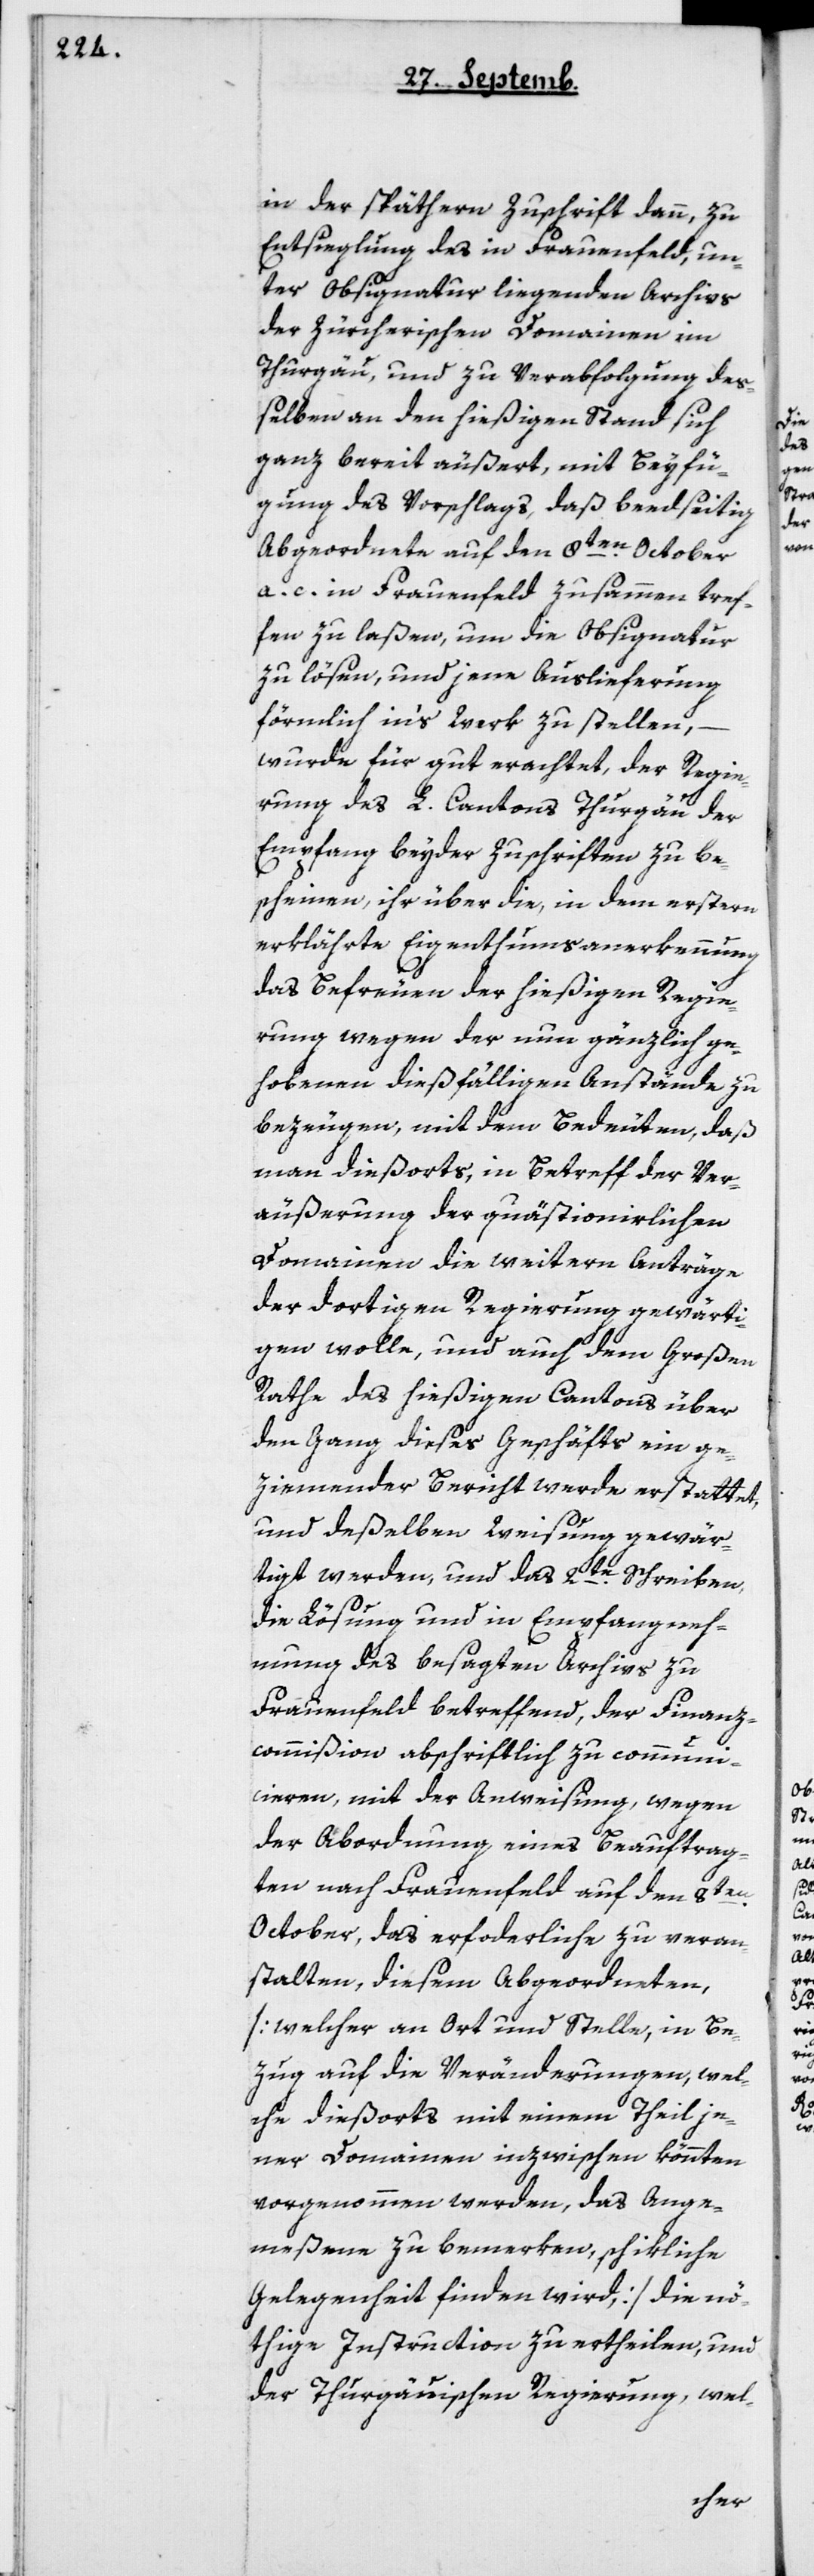
in der späthern Zuschrift dann, zu
Entsieglung des in Frauenfeld, un¬
ter Obsignatur liegenden Archivs
der Zürcherischen Domainen im
Thurgau, und zu Verabfolgung deß¬
elben an den hießigen Stand sich
ganz bereit äußert, mit Beyfü¬
gung des Vorschlags, daß beedseitig
Abgeordnete auf den 8ten October
a.c. in Frauenfeld zusammen tref¬
fen zu laßen, um die Obsignatur
zu lösen, und jene Auslieferung
förmlich ins Werk zu stellen, –
wurde für gut erachtet, der Regie¬
rung des L. Cantons Thurgau der
Empfang beyder Zuschriften zu be¬
scheinen, ihr über die, in dem Erstern
erklärte Eigenthums-Anerkennung
das Befreuen der hießigen Regie¬
rung wegen der nun gänzlich ge¬
hobenen dießfälligen Anstände zu
bezeugen, mit dem Bedeuten, daß
man dießorts, in Betreff der Ver¬
äußerung der quästionierlichen
Domainen die weitern Anträge
der dortigen Regierung gewärti¬
gen wolle, und auch dem Großen
Rathe des hießigen Cantons über
den Gang dieses Geschäfts ein ge¬
ziemender Bericht werde erstattet,
und deßelben Weisung gewär¬
tigt werden, und das 2te Schreiben,
die Lösung und in Empfangneh¬
mung des besagten Archivs zu
Frauenfeld betreffend, der Finanzc¬
ommißion abschriftlich zu communi¬
cieren, mit der Anweisung, wegen
der Abordnung eines Beauftrag¬
ten nach Frauenfeld auf den 8ten
October, das Erforderliche zu veran¬
stalten, diesem Abgeordneten
[welcher an Ort und Stelle in Be¬
zug auf die Veränderungen, wel¬
che diesorts mit einem Theil je¬
ner Domainen inzwischen könnten
vorgenommen werden, das Ange¬
meßene zu bemerken, schikliche
Gelegenheit finden wird], die nö¬
thige Instruction zu ertheilen, und
der Thurgauischen Regierung, wel-